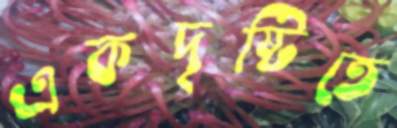
একদৃষ্টিতে